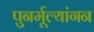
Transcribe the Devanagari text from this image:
पुनर्मूल्यांगन